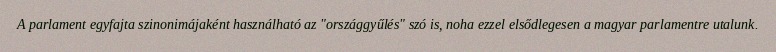
A parlament egyfajta szinonimájaként használható az "országgyűlés" szó is, noha ezzel elsődlegesen a magyar parlamentre utalunk.